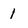
Character: 1